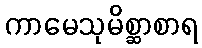
ကာမေသုမိစ္ဆာစာရ